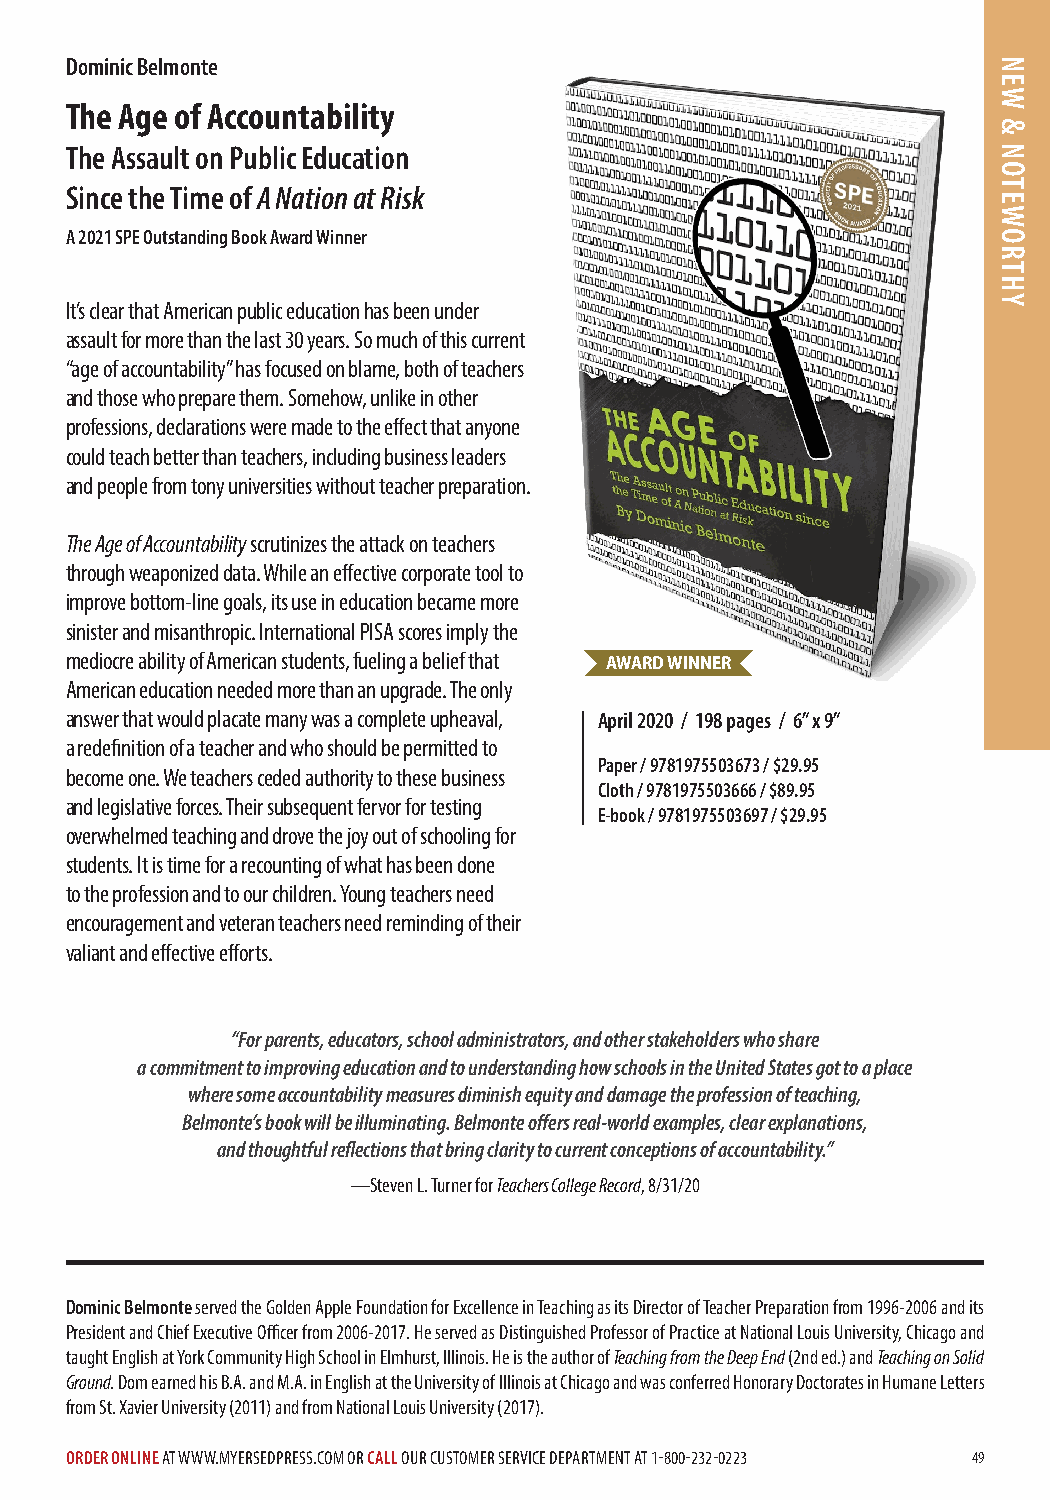
Dominic Belmonte
 The Age of Accountability
 The Assault on Public Education
 Since the Time of A Nation at Risk
 A 2021 SPE Outstanding Book Award Winner
 It’s clear that American public education has been under
 assault for more than the last 30 years. So much of this current
 “age of accountability” has focused on blame, both of teachers
 and those who prepare them. Somehow, unlike in other
 professions, declarations were made to the effect that anyone
 could teach better than teachers, including business leaders
 and people from tony universities without teacher preparation.
 The Age of Accountability scrutinizes the attack on teachers
 through weaponized data. While an effective corporate tool to
 improve bottom-line goals, its use in education became more
 sinister and misanthropic. International PISA scores imply the
 mediocre ability of American students, fueling a belief that AWARD WINNER
 American education needed more than an upgrade. The only
 answer that would placate many was a complete upheaval, April 2020 / 198 pages / 6” x 9”
 a redefinition of a teacher and who should be permitted to
 Paper / 9781975503673 / $29.95
 become one. We teachers ceded authority to these business
 Cloth / 9781975503666 / $89.95
 and legislative forces. Their subsequent fervor for testing
 E-book / 9781975503697 / $29.95
 overwhelmed teaching and drove the joy out of schooling for
 students. It is time for a recounting of what has been done
 to the profession and to our children. Young teachers need
 encouragement and veteran teachers need reminding of their
 valiant and effective efforts.
 “For parents, educators, school administrators, and other stakeholders who share
 a commitment to improving education and to understanding how schools in the United States got to a place
 where some accountability measures diminish equity and damage the profession of teaching,
 Belmonte’s book will be illuminating. Belmonte offers real-world examples, clear explanations,
 and thoughtful reflections that bring clarity to current conceptions of accountability.”
 —Steven L. Turner for Teachers College Record, 8/31/20
 Dominic Belmonte served the Golden Apple Foundation for Excellence in Teaching as its Director of Teacher Preparation from 1996-2006 and its
 President and Chief Executive Officer from 2006-2017. He served as Distinguished Professor of Practice at National Louis University, Chicago and
 taught English at York Community High School in Elmhurst, Illinois. He is the author of Teaching from the Deep End (2nd ed.) and Teaching on Solid
 Ground. Dom earned his B.A. and M.A. in English at the University of Illinois at Chicago and was conferred Honorary Doctorates in Humane Letters
 from St. Xavier University (2011) and from National Louis University (2017).
 ORDER ONLINE AT WWW.MYERSEDPRESS.COM OR CALL OUR CUSTOMER SERVICE DEPARTMENT AT 1-800-232-0223 49
 NEW
 &
 NOTEWORTHY